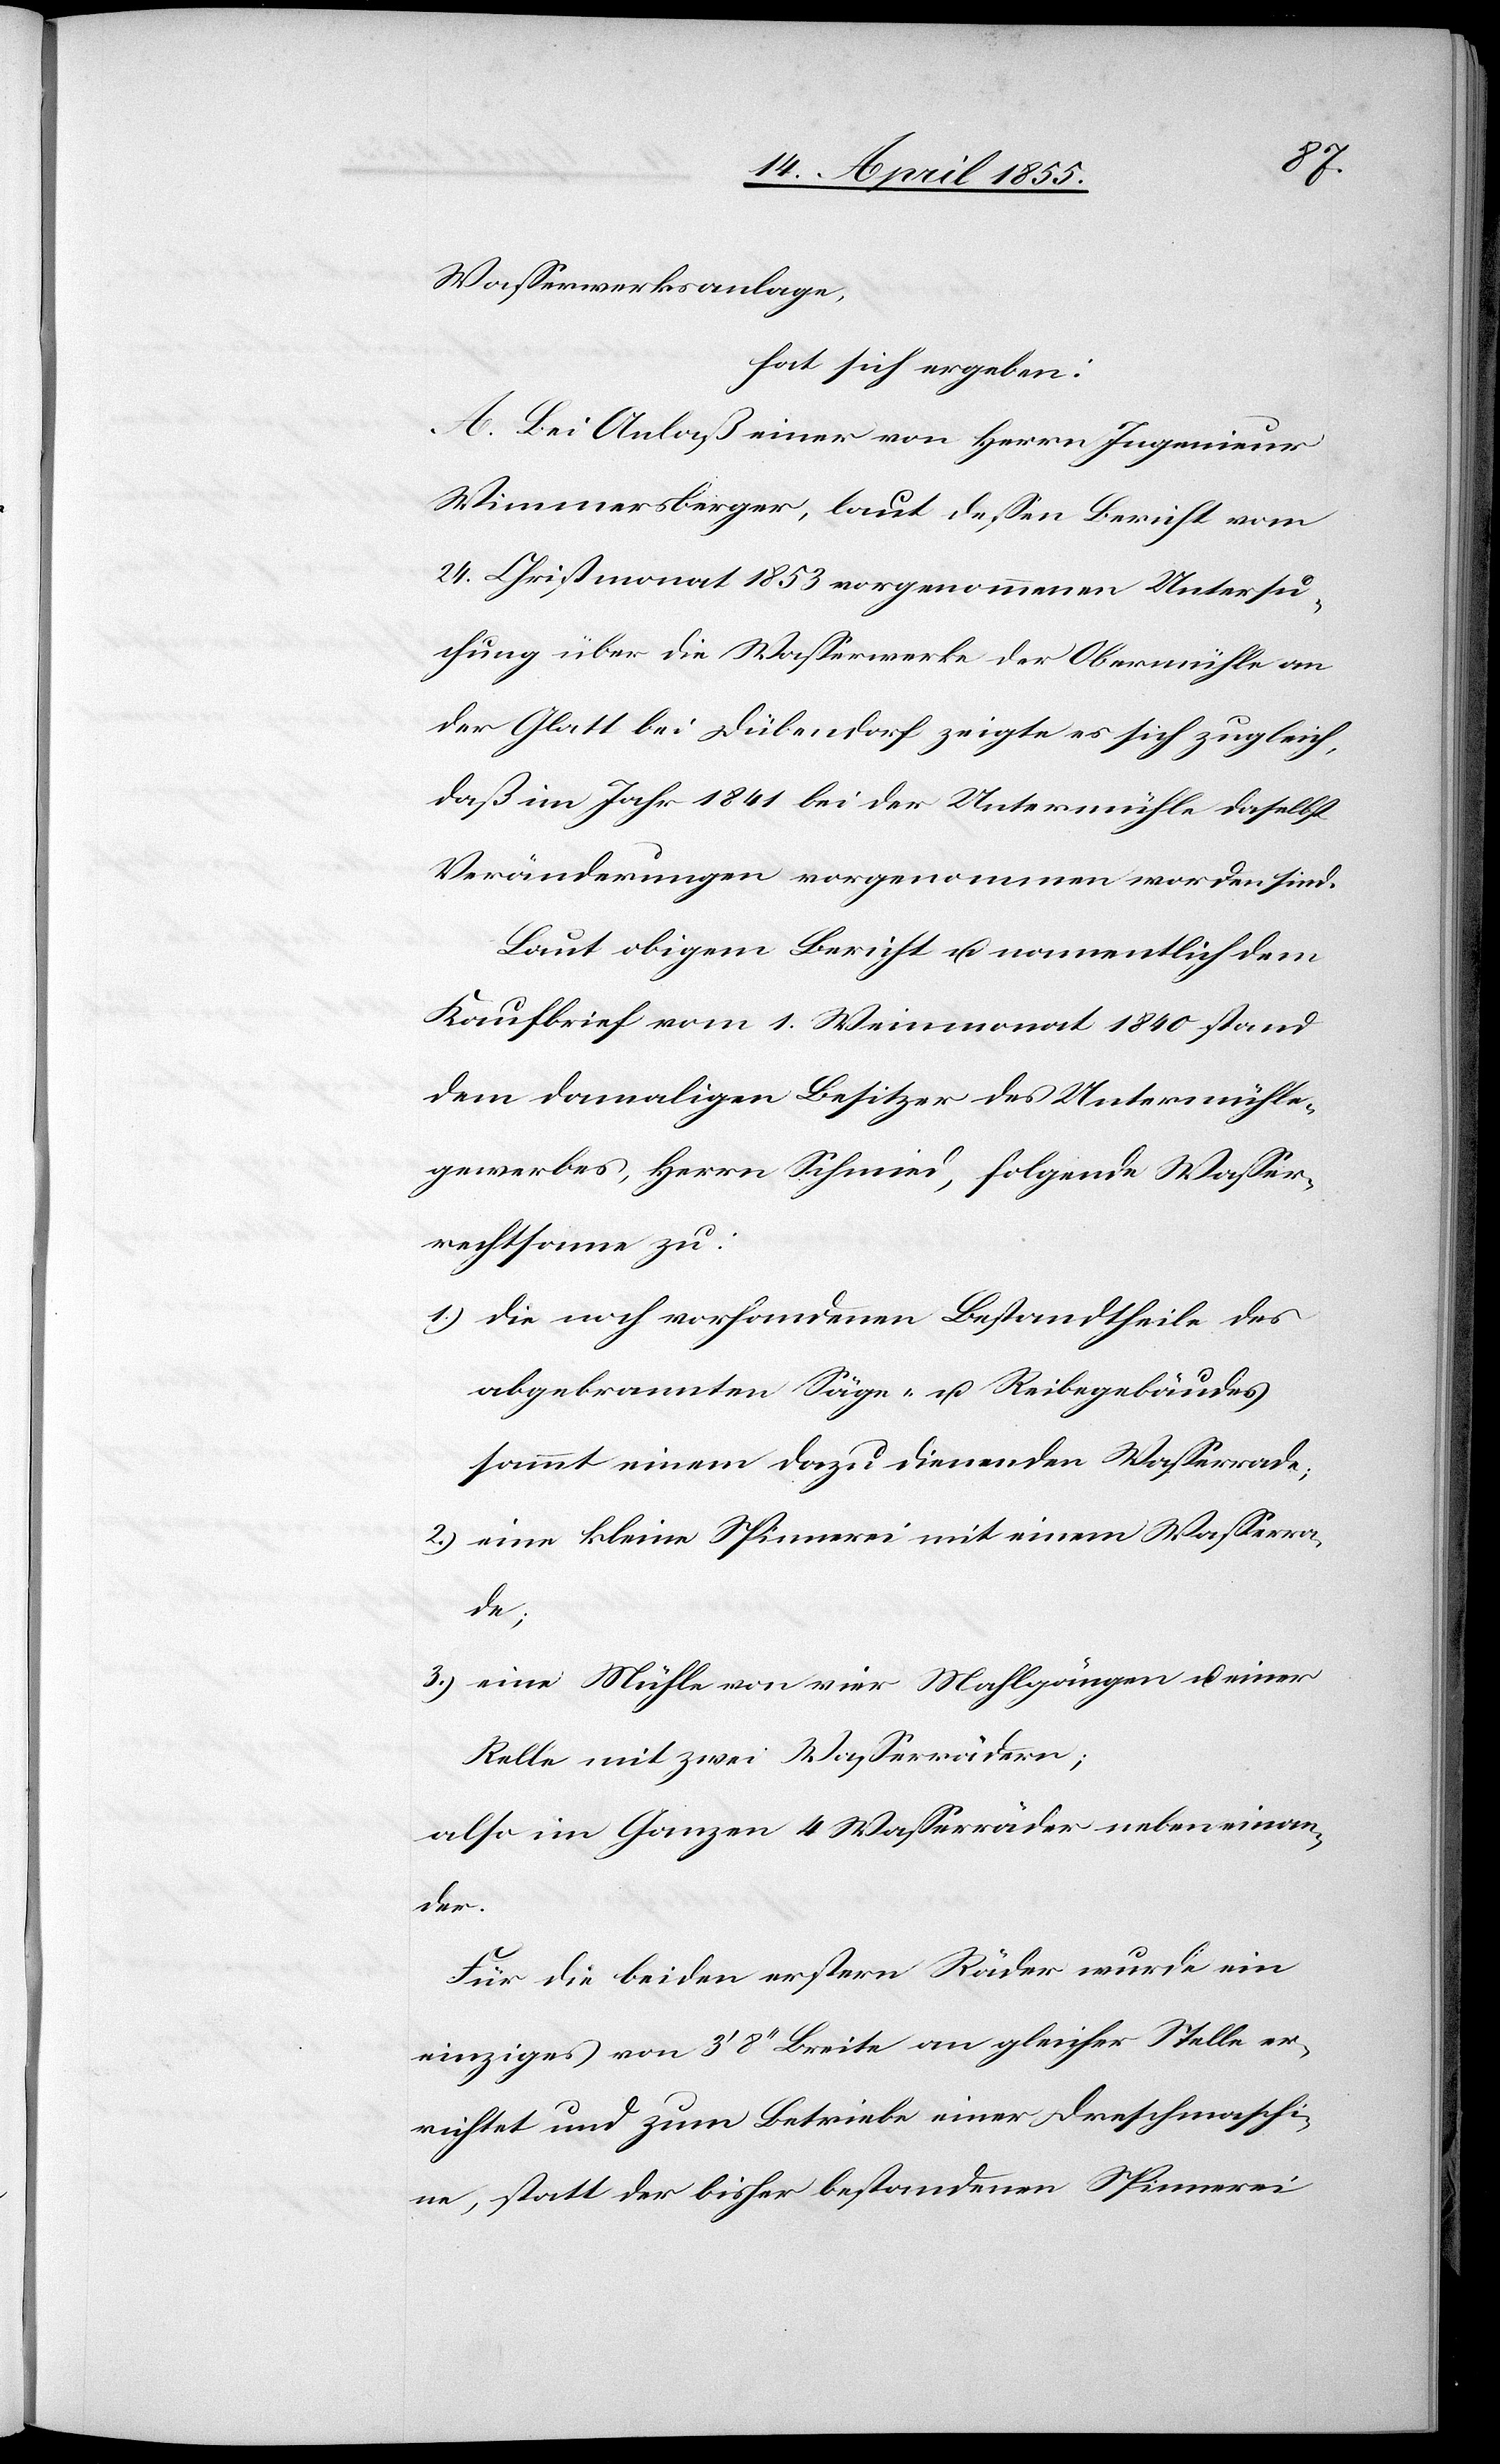
Wasserwerksanlage,
hat sich ergeben:
A. Bei Anlaß einer von Herrn Ingenieur
Wimmersberger, laut dessen Bericht vom
24. Christmonat 1853 vorgenommenen Untersu¬
chung über die Wasserwerke der Obermühle an
der Glatt bei Dübendorf zeigte es sich zugleich,
daß im Jahr 1841 bei der Untermühle daselbst
Veränderungen vorgenommen worden sind.
Laut obigem Bericht u. namentlich dem
Kaufbrief vom 1. Weinmonat 1840 stand
dem damaligen Besitzer des Untermühle¬
gewerbes, Herrn Schmied, folgende Wasser¬
rechtsame zu:
die noch vorhandenen Bestandtheile des
abgebrannten Säge- u. Reibegebäudes
sammt einem dazu dienenden Wasserrade;
eine kleine Spinnerei mit einem Wasserra¬
de;
eine Mühle von vier Mahlgängen u. einer
Relle mit zwei Wasserrädern;
also im Ganzen 4 Wasserräder nebeneinan¬
der.
Für die beiden erstern Räder wurde ein
einziges von 3‘ 8‘‘ Breite an gleicher Stelle er¬
richtet und zum Betriebe einer Dreschmaschi¬
ne, statt der bisher bestandenen Spinnerei